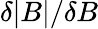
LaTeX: \delta|B|/\delta B